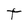
Character: T